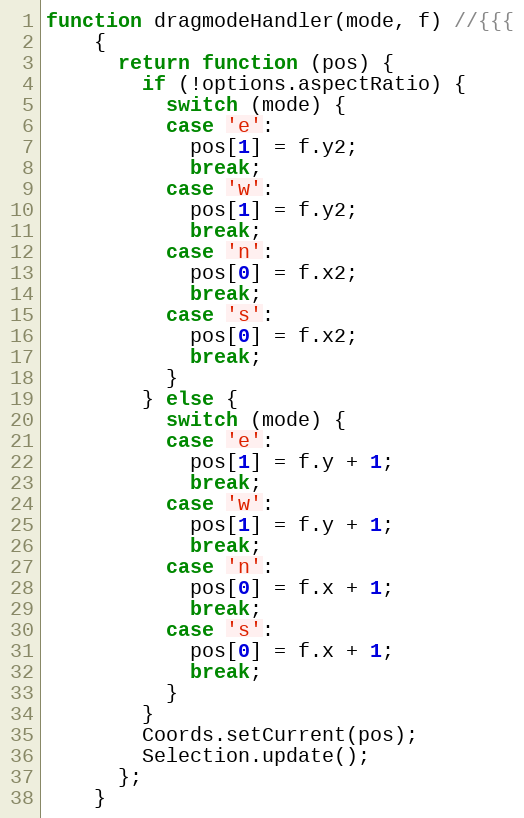
Language: JavaScript
function dragmodeHandler(mode, f) //{{{
    {
      return function (pos) {
        if (!options.aspectRatio) {
          switch (mode) {
          case 'e':
            pos[1] = f.y2;
            break;
          case 'w':
            pos[1] = f.y2;
            break;
          case 'n':
            pos[0] = f.x2;
            break;
          case 's':
            pos[0] = f.x2;
            break;
          }
        } else {
          switch (mode) {
          case 'e':
            pos[1] = f.y + 1;
            break;
          case 'w':
            pos[1] = f.y + 1;
            break;
          case 'n':
            pos[0] = f.x + 1;
            break;
          case 's':
            pos[0] = f.x + 1;
            break;
          }
        }
        Coords.setCurrent(pos);
        Selection.update();
      };
    }